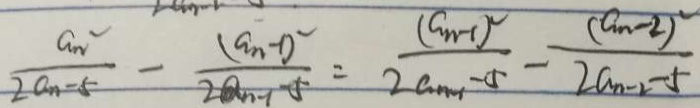
\frac { a n ^ { 2 } } { 2 a n - 5 } - \frac { ( a _ { n - 1 } ) ^ { 2 } } { 2 a _ { n - 1 } - 5 } = \frac { ( a _ { n - 1 } ) ^ { 2 } } { 2 a _ { n - 1 } - 5 } - \frac { ( a _ { n - 2 } ) ^ { 2 } } { 2 a _ { n - 2 } - 5 }